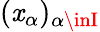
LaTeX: (\mathit{x}_{\alpha})_{\alpha\inI}